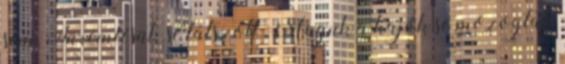
sem. Türemlésük se látszott. Maguk a hajók se mozogtak